Civil Veterinary Dept. Bombay admin report 1914-1922 - 1914-1922
Year: 1914
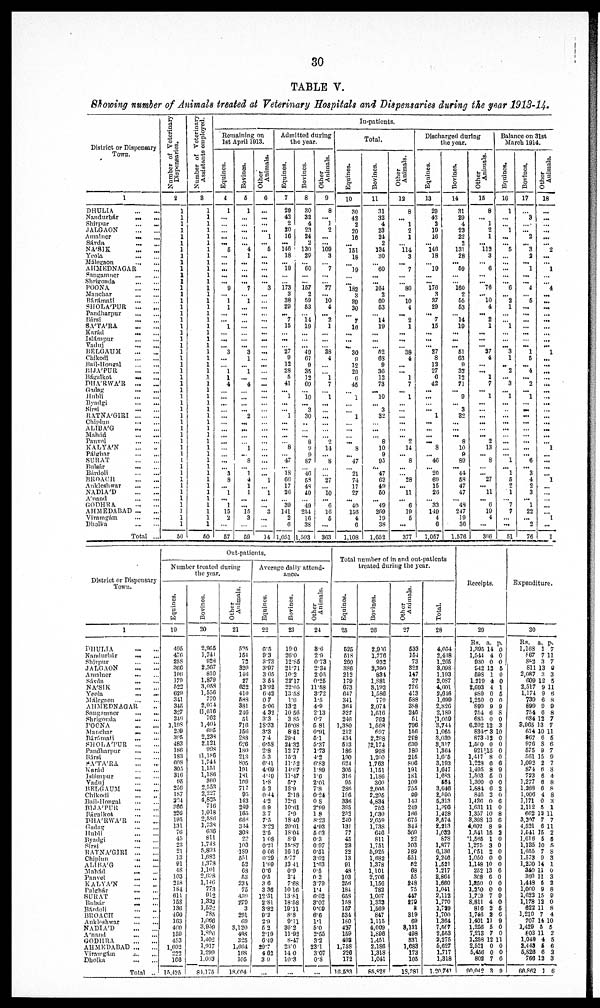
30
TABLE V.
Showing number of Animals treated at Veterinary Hospitals and Dispensaries during the year 1913-14.
District or Dispensary
Town.
1
DHULIA ... ...
Nandurbár
...
...
Shirpur ... ...
JALGAON
...
...
Amalner
...
...
Sávda
...
...
NASIK
...
...
Yeola
...
...
Málegaon
...
...
AHMEDNAGAR ...
Sangamner
...
...
Shrigonda
...
...
POONA
...
...
Manchar
...
...
Bárámati
...
...
SHOLA'PUR
...
...
Pandharpur
...
...
Bársi
...
...
SA'TA'RA ... ...
Karád
...
...
Islámpur ... ...
Vaduj
...
...
BELGAUM ... ...
Chikodi
...
...
Bail-Hongal
...
...
BIJA'PUR
...
...
Bágalkot
...
...
DHA'RWA'R
... ...
Gadng
...
...
Hubli
Byadgi
Sirsi
...
...
RATNA'GIRI
...
...
Chiplun
ALIBA'G
...
...
Mahád
...
...
Panvel
...
...
KALYA'N ... ...
Pálghar
...
...
SURAT
...
...
Bulsár
...
...
Bárdoli
...
...
BROACH ... ...
Ankleslnwar ... ...
NADIA'D
...
...
A'nand
GODHRA
...
...
AHMEDABAD ... ...
Viramgám
...
...
Dholka
...
...
Total ...
Number of Veterinary
Dispensaries.
2
1
1
1
1
1
1
1
1
1
1
1
1
1
1
1
1
1
1
1
1
1
1
1
1
1
1
1
1
1
1
1
1
1
1
1
1
1
1
1
1
1
1
1
1
1
1
1
1
1
1
50
Number of Veterinary
Assistants employed.
3
1
1
1
1
1
1
1
1
1
1
1
1
1
1
1
1
1
1
1
1
1
1
1
1
1
1
1
1
1
1
1
1
1
1
1
1
1
1
1
1
1
1
1
1
1
1
1
1
1
1
50
In-patients.
Remaining on
1st April 1913.
Equines.
4
1
...
...
...
...
... 5
...
...
...
...
... 9
... 1
1
...
... 1
...
...
...
3
...
... 1
1
4
...
...
...
...
...
...
...
...
...
...
...
...
... 3
8
... 1
... 1
15
2
...
57
Bovines.
5
1
...
...
...
...
... 4
1
...
...
...
... 7
... 1
...
...
...
...
...
...
...
3
1
... 1
...
4
...
...
...
... 2
...
...
...
... 1
... 8
... 1
4
1
1
...
... 15
3
...
59
Other
Animals.
6
...
...
...
... 1
... 5
...
...
...
...
... 3
...
...
...
...
...
...
...
...
...
...
...
...
...
...
...
...
...
...
...
...
...
...
....
...
...
...
...
...
... 1
... 1
...
... 3
...
...
14
Admitted during
the year.
Equines.
7
20
42
2
20
10
...
140
18
.... 10
...
173
3
38
20
...
7
15
...
...
...
27
9
12
28
5
41
... 1
...
... 1
...
...
...
... 8
... 47
... 18
66
17
26
... 30
141
2
6
1,051
Bovines.
8
30
32
4
23
24
2
130
29
... 60
...
... 157
2
59
53
... 14
10
...
...
...
49
67
9
35
12
60
... 10
... 3
30
...
...
... 8
9
9
87
... 40
58
48
49
... 49
254
16
38
1,593
Other
Animals.
9
8
... 1
2
...
...
100
3
... 7
...
... 77
... 10
4
... 2
1
...
...
...
38
4
...
... 1
7
... 1
...
...
...
...
...
... 2
14
... 8
...
...
27
...
10
... 6
16
5
...
363
Total.
Equines.
10
30
42
2
20
16
...
151
18
...
10
...
...
182
3
39
30
...
7
16
...
...
...
30
9
12
29
6
45
... 1
...
... 1
... ....
...
...
8
... 47
... 21
74
17
27
... 40
156
4
6
1,108
Bovines.
11
31
32
4
23
24
2
134
30
... 60
...
...
164
2
60
53
.... 14
19
...
...
...
52
68
9
36
12
73
10
... 3
32
... ...
... 8
10
9
95
... 47
62
49
60
... 49
209
19
38
1,652
Other
Animals.
12
8
... 1
2
1
... 114
3
... 7
...
... 80
... 10
4
.... 2
1
...
...
...
38
4
...
.... 1
7
... 1
...
...
... ...
... ... 2
14
... 8
...
... 28
... 11
...
6
19
5
...
377
Discharged during
the year.
Equines.
13
29
42
2
10
16
... 146
18
... 10
...
... 176
3
37
20
... 7
15
...
...
...
27
8
12
27
6
42
...
...
...
... 1
...
...
... 8
... 46
... 20
69
15
26
... 33
140
4
6
1,057
Bovines.
14
31
29
4
23
22
2
131
28
... 59
...
... 160
2
55
53
... 14
19
...
...
...
51
63
9
32
12
71
... 9
... 3
32
...
...
... 8
10
9
89
... 44
58
47
47
... 48
247
19
30
1,576
Other
Animals.
15
8
... 1
2
1
... 112
3
... 6
...
... 76
... 10
4
... 2
1
...
...
...
37
4
...
... 1
7
... 1
...
... ...
...
... ... 2
13
... 8
... ... 27
... 11
...
6
10
4
...
366
Balance on 31st
March 1914.
Equines.
16
1
...
... 1
...
... 5
...
...
...
...
... 6
...
2
1
...
... 1
...
...
...
3
1
...
2
... 3
...
1
...
...
...
...
...
...
...
...
... 1
... 1
5
2
1
... 7
7
...
...
51
Bovlues.
17
...
3
...
... 2
... 3
2
... 1
...
... 4
.... 5
...
...
...
...
...
...
...
1
5
... 4
... 2
... 1
... ...
...
...
...
...
...
...
... 6
... 3
4
2
3
... 1
22
... 2
76
Other
Animals.
18
...
...
...
...
...
... 2
...
... 1
....
... 4
...
...
...
...
...
...
...
...
...
1
...
...
...
...
...
...
...
...
...
...
...
...
...
... 1
...
...
...
... 1
...
...
...
...
... 1
...
1
District or Dispensary
Town.
1
DHULIA
...
...
Nandurbár
...
...
Shivpur
...
...
JALGAON
...
...
Amalner
...
...
Sávda
...
...
NA'SIK
...
...
Yeola
...
...
Málegaon
...
...
AHMEDNAGAR ...
Sangamner
...
...
Shrigonda ... ...
POONA ... ...
Manchar
...
...
Bárámati
...
...
SHOLA'PUR
...
...
Pandharpur
...
...
Bársi
...
...
SA'TA'RA
...
...
Karád
...
...
Islámpur
...
...
Vaduj ... ...
BELGAUM
...
...
Chikodi
...
...
Bail-Hongal
...
...
BIJA'PUR
...
...
Bágalkot
...
...
DHA'RWA'R
...
...
Gadag
...
...
Hubli
...
...
Byadgi
...
...
Sirsi
...
...
RATNA'GIRI
...
...
Chiplun
...
...
ALIBA'G
...
...
Mahád
...
...
Panvel
... ...
KALYA'N
...
...
Palghár
...
...
SURAT
...
...
Balsár
...
...
Bárdoli ... ...
BROACH
...
...
Ankleshwar
...
...
NADIA'D
...
...
A'nand
...
...
GODHRA
...
...
AHMEDABAD ... ...
Viramgám
...
...
Dholka
...
...
Total ...
Out-patients.
Number treated during
the year.
Equines.
19
495
476
258
366
196
179
522
629
341
345
327
246
1,198
209
395
483
186
183
608
805
316
95
256
187
324
360
226
195
131
76
45
23
21
13
91
48
103
248
184
611
158
136
460
163
400
150
453
1,602
222
166
15,425
Bovines.
20
2,965
1,741
928
2,367
810
1,879
3,058
1,550
770
2,014
11,616
762
1,401
695
2,238
2,121
998
11,186
1,744
1,151
1,186
360
2,553
2,227
4,825
716
1,018
2,586
1,738
636
811
1,748
5,893
1,082
1,378
1,101
2,698
1,146
773
912
1,333
1,522
785
1,066
3,959
1,896
1,402
1,917
1,299
1.003
84,175
Other
Animals.
21
525
154
72
320
146
27
622
410
588
381
246
51
716
156
288
626
180
213
805
191
181
109
717
95
143
240
165
668
344
308
22
103
189
551
52
68
53
234
75
439
279
3
291
09
3,120
498
325
1,664
168
105
18,004
Average daily attend-
ance.
Equines.
22
6.5
9.3
3.73
3.97
3 05
3 54
13.92
6.42
0.7
5.06
4 32
3.3
18.33
3.3
7.4
6.58
2.8
5.3
6.41
4.69
4.49
1.8
5.3
0.44
4.2
0.9
3.7
7.5
3.23
2.5
1.08
0.21
0.06
0.29
1.69
0.6
0.5
3.6
3.36
12.31
2.81
3.82
9.2
2.9
5.2
2.19
6.49
29.7
4.62
3.0
...
Bovines.
23
19.0
20.0
12.85
21.71
10.2
22.17
22.05
13.58
1.0
13.2
10.56
3.85
16.08
8.81
29.4
24.32
12.77
15.3
11.52
14.67
11.47
5.7
18.9
2.18
12.6
10.61
7.9
18.46
20.01
18.04
8.9
15.87
16.15
5.77
13.41
0.9
2.4
7.68
10.16
13.81
18.58
19.11
8.8 9.11
30.2
11.92
8.47
23.0
14. 0
10.3
Other
Animals.
24
8.6
2.9
0.73
2.34
2.05
0.25
11.58
3.72
1.5
4.9
2.13
0.7
6.81
0.91
5.1
5.37
1.73
4.2
6.83
1.89
1.6
2.01
7.8
0.24
0.8
2.99
1.8
8.23
4.93
5.03
0.3
0.97
0.51
3.02
1.63
0.5
0.2
3.79
1.4
6.02
3.02
0.69
6.6
1.1
5.0
2.55
3.2
23.1
3.07
0.8
...
Total number of in and out-patients
treated during the year.
Equines.
25
525
518
260
386
212
170
673
647
341
364
827
246
1,380
212
434
513
186
190
624
305
316
95
286
196
336
395
232
240
131
77
45
23
22
13
91
48
103
256
184
658
158
157
534
180
427
159
493
1,758
226
172
16,533
Bovines.
26
2,906
1,776
932
3,390
834
1,881
3,192
1,586
770
2,074
1,610
762
1,568
697
2,298
2,174
998
1,200
1,763
1,151
1,186
360
2,605
2,295
4,834
752
1,030
2,059
1,738
646
811
1,751
5,925
1,682
1,378
1,101
2,706
1,156
782
1,007
1,333
1,569
847
1,115
4,009
1,896
1,451
2,186
l,318
1,041
85,827
Other
Animals.
27
533
154
73
322
147
27
786
413
688
388
246
51
796
156
288
630
180
215
806
191
181
109
755
99
143
249
166
675
344
309
22
103
189
651
52
68
55
248
75
447
270
8
819
69
8,131
498
331
1,683
173
103
18,281
Total.
28
4,054
2,418
1,265
8,098
1,193
2,087
4,601
2,646
1,699
2,826
2,189
1,059
3,744
1,065
3,030
8,317
1,364
1,665
3,193
1,647
1,683
564
3,646
2,590
5,313
1,396
1,428
3,574
2,213
1,033
878
1,877
6,136
2,246
1,521
1,217
2,864
1,660
1,041
2,112
1,770
1,729
1,700
1,364
7,567
2,553
2,275
5,627
1,717
1,318
1,20,741
Receipts.
29
Rs.
1,305
1,544
930
942
698
1,219
2,693
889
1,250
899
754
685
6,202
834
873
l,500
921
1,417
1,228
1,495
1,503
1,300
1,884
846
1,436
1,631
1,357
3,398
4,602
1,541
1,565
1,275
1,051
1,050
1,148
252
308
1,850
1,250 1,729
8,811
816
1,746
1,401
1,256
7.213
3,258
2,521
5,456
802
90,042
a.
14
4
0
12
1
4
4
0
0
9
6
0
12
3
12
0
15
8
6
8
5
0
6
2
0
11
10
13
8
15
1
3
2
0
10
13
6
0
0 7
4
2
2
11
5
7
12
0
0
7
3
p.
0
0
0
5
0
0
1
5
0
9
8
0
3
10
0
0
0
0
6
0
0
0
2
0
6
0
8
0
9
2
0
0
0
0
0
6
0
0
0 9
0
5
6
9
0
0
11
0
0
6
9
Expenditure.
30
Rs.
1,168
867
882
811
2,087
609
2,517
1,174
739
899
754
684
3,965
614
967
976
575
561
1,092
874
723
1,277
1,268
1,006
1,171
1,112
662
3,207
4,521
1,541
1,616
1,135
1,055
1.573
1,230
340
360
1,448
1,060
1,623
1,178
622
1,210
707
1,429
803
1,048
3,443
5,826
766
66,862
a.
1
7
3
13
3
12
9
9
6
9
6
12
13
10
6
8
9
15
2
6
6
6
6
4
0
5
12
7
6
15
5
10
7
9
14
11
11
5
9
15
12
11
7
14
5
11
4
5
6
12
1
p.
7
11
7
0
3
5
11
6
8
9
8
7
7
11
5
6
7
9
7
8
4
8
8
8
3
1
11
7
11
2
5
5
8
3
1
0
3
2
8
9
0
8
4
10
5
2
5
6
2
3
6